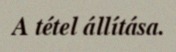
A tétel állítása.